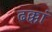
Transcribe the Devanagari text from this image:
ढक्कां